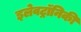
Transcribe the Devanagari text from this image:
इलेवट्रॉनिकी